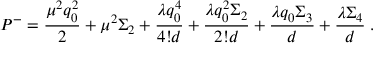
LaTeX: P ^ { - } = { \frac { \mu ^ { 2 } q _ { 0 } ^ { 2 } } { 2 } } + \mu ^ { 2 } \Sigma _ { 2 } + { \frac { \lambda q _ { 0 } ^ { 4 } } { 4 ! d } } + { \frac { \lambda q _ { 0 } ^ { 2 } \Sigma _ { 2 } } { 2 ! d } } + { \frac { \lambda q _ { 0 } \Sigma _ { 3 } } { d } } + { \frac { \lambda \Sigma _ { 4 } } { d } } \; .